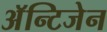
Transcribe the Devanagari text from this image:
अॅन्टिजेन